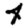
Digit: 4